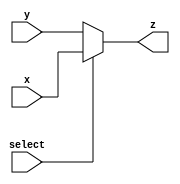
module ic_gb8_mux2 (
			select,
			x,	// select = 1
			y,	// select = 0
			z
		);

input 			select;
input	[31:0] 	x,
				y;
output	[31:0]	z;
				
assign z = (select) ? x : y;
		
endmodule